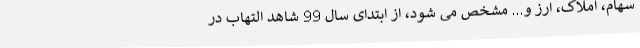
سهام، املاک، ارز و... مشخص می شود، از ابتدای سال 99 شاهد التهاب در